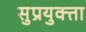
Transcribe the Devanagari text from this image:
सुप्रयुक्ता